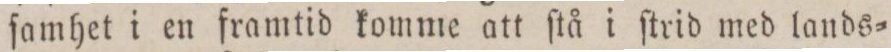
ſamhet i en framtid komme att ſtå i ſtrid med lands=